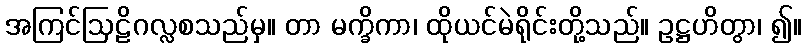
အကြင်ဩဠိဂလ္လစသည်မှ။ တာ မက္ခိကာ၊ ထိုယင်မဲရိုင်းတို့သည်။ ဥဋ္ဌဟိတွာ၊ ၍။